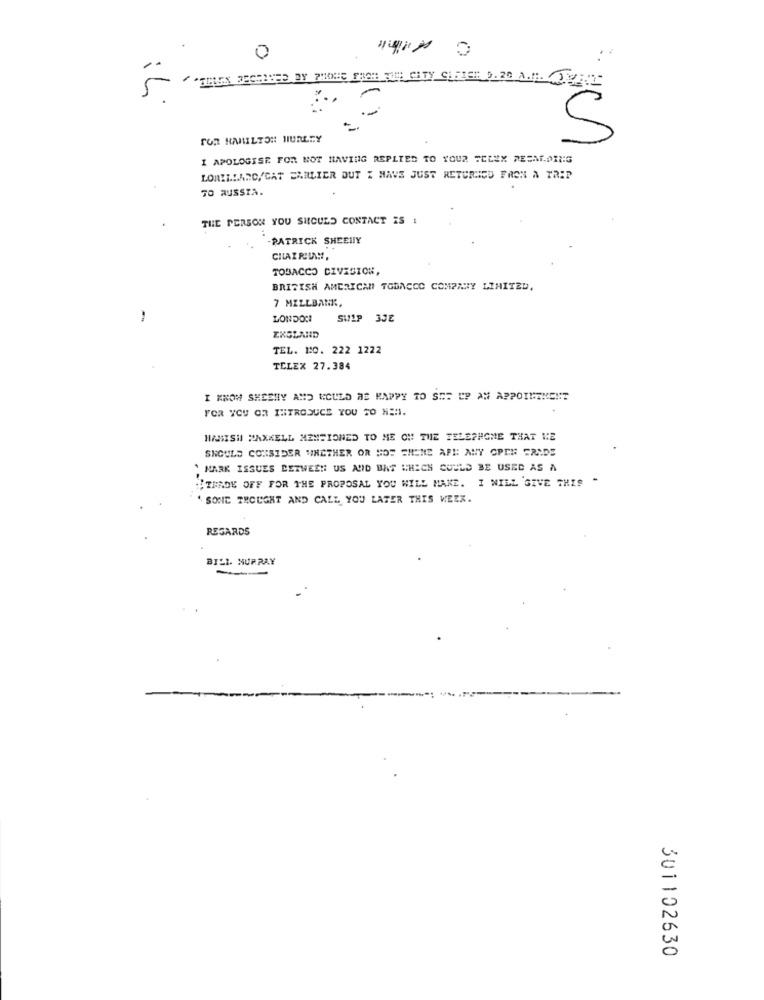
0
"TEREK FECHANED BY PHONE FACH THE CITY GIFTER 0.20 A.M. JUNI
5
-
FOR HAMILTON HURLEY
5
I APOLOGISE FOR NOT HAVING REPLIED TO YOUR SELEX RESMI.DING
LORILLARD/CAT EARLIER DUT I HAVE JUST RETURNED FROM A TRIP
TO RUSSIA.
THE PERSON YOU SHOULD CONTACT IS !
-PATRICK SHEEHY
TOBACCO DIVISION
BRITISH AMERICAN TOBACCO COMPANY LIMITED.
7 MILLBANK,
-
LONDONI
SULP 3JE
ENGLAND
TEL. 1:0. 222 1222
TELEX 27.384
I KNOW SHESHY AND WOULD BE HAPPY TO SET UP AN APPOINTMENT
FOR YOU OR INTRODUCE YOU TO NEM.
HAMISH MAXKELL MENTIONED TO ME OH THE TELEPHONE THAT WE
SHOULD CONSIDER WHETHER OR NOT CHENE AFH ANY OPEN FRIDS
` MARK ISSUES BETWEEN US AND BAS WHICH COULD BE USED AS A
"IMROK OFF FOR THE PROPOSAL YOU WILL MAKE. I WILL GIVE THIS "
SONE THOUGHT AND CALL YOU LATER THIS WEEK.
REGARDS
BILL MURRAY
-
301102630